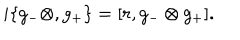
i \{ g _ { - } \otimes , g _ { + } \} = [ r , g _ { - } \otimes g _ { + } ] .